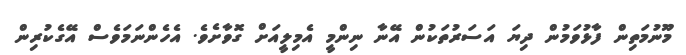
މޫނުމަތިން ފާޅުވަމުން ދިޔަ އަސަރުތަކުން އޭނާ ނިންމީ އެމިލީއަށް ގޮވާށެވެ. އެހެންނަމަވެސް އޭގެކުރިން